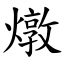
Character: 燉